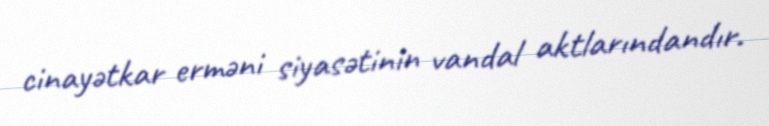
cinayətkar erməni siyasətinin vandal aktlarındandır.